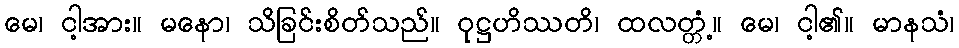
မေ၊ ငါ့အား။ မနော၊ သိခြင်းစိတ်သည်။ ဝုဋ္ဌဟိဿတိ၊ ထလတ္တံ့။ မေ၊ ငါ့၏။ မာနသံ၊